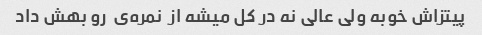
پیتزاش خوبه ولی عالی نه در کل میشه از  نمره‌ی  رو بهش داد